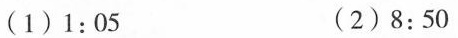
(1) 1:05 (2) 8:50